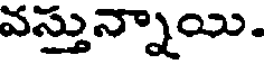
వస్తున్నాయి.